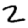
Digit: 2